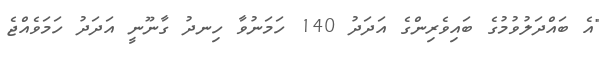
"އެ ބައްދަލުވުމުގެ ބައިވެރިންގެ އަދަދު 140 ހަމަނުވާ ހިނދު ގާނޫނީ އަދަދު ހަމަވެއްޖެ